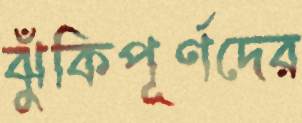
ঝুঁকিপূর্ণদের